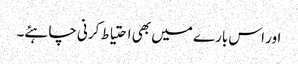
اور اس بارے میں بھی احتیاط کرنی چاہئے۔